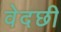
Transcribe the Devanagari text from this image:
वेदछी